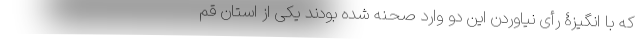
که با انگیزۀ رأی نیاوردن این دو وارد صحنه شده بودند یکی از استان قم